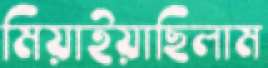
মিয়াইয়াছিলাম